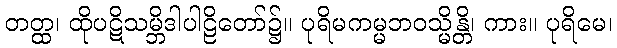
တတ္ထ၊ ထိုပဋိသမ္ဘိဒါပါဠိတော်၌။ ပုရိမကမ္မဘဝသ္မိန္တိ၊ ကား။ ပုရိမေ၊